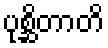
ပုစ္ဆိတာတိ